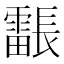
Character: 𮦳